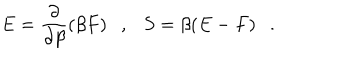
E = { \frac { \partial } { \partial \beta } } ( \beta F ) , S = \beta ( E - F ) .